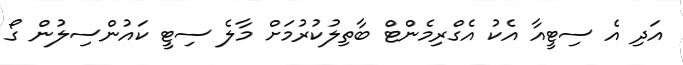
އަދި އެ ސިޓީއާ އެކު އެގްރިމެންޓް ބާތިލުކުރުމަށް މާލެ ސިޓީ ކައުންސިލުން ގޯ